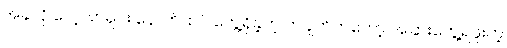
အခုလို လေ့လာရင်း နောက်ထပ် တွေ့ရှိခဲ့တဲ့ တချက်ကတော့ အခြားတွေ့ရဖူးတဲ့